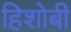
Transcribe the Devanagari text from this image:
हिशोबी